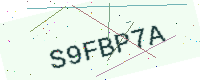
Text: S9FBP7A